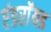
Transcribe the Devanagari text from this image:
एंडराॅयड